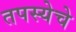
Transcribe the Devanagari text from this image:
तपस्येचे